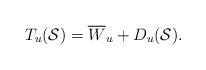
LaTeX: \begin{align*}T_u(\mathcal{S}) = \overline{W}_u + D_u(\mathcal{S}).\end{align*}